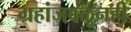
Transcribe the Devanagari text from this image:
ग्रहांजवळूनही